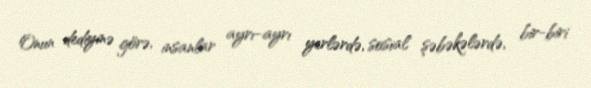
Onun dediyinə görə, insanlar ayrı-ayrı yerlərdə, sosial şəbəkələrdə, bir-biri